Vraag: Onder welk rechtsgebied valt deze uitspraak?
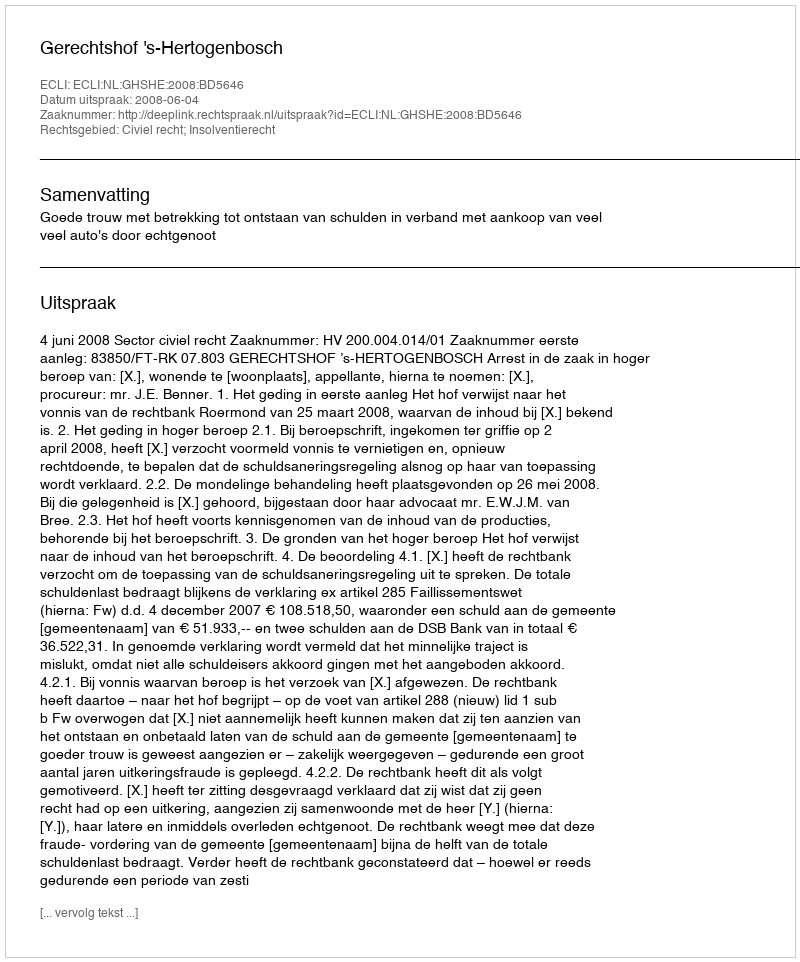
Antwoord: Civiel recht; Insolventierecht